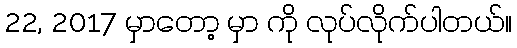
22, 2017 မှာတော့ မှာ ကို လုပ်လိုက်ပါတယ်။